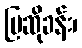
ပြဆိုခန်း၊